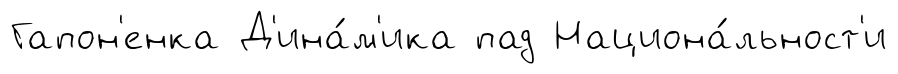
Гапон'енка Д'ина́м'ика пад Национа́льност'и